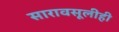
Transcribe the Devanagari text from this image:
सारावसूलीही